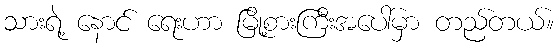
သားရဲ့ နောင် ရေးဟာ မြို့စားကြီးအပေါ်မှာ တည်တယ်။